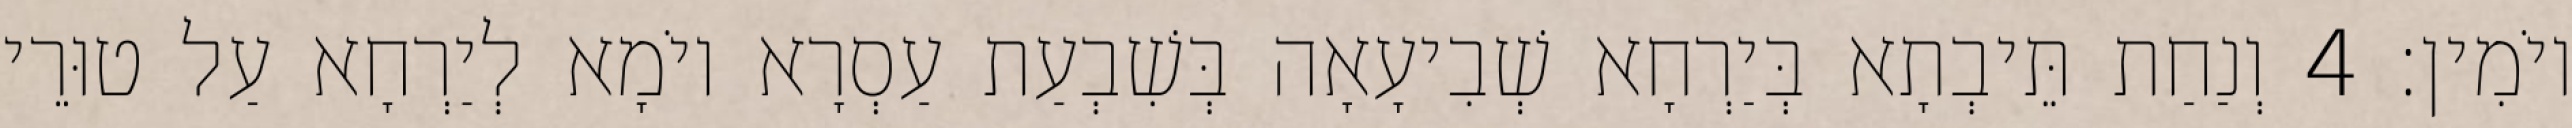
יוֹמִין׃ 4 וְנַחַת תֵּיבְתָא בְּיַרְחָא שְׁבִיעָאָה בְּשִׁבְעַת עַסְרָא יוֹמָא לְיַרְחָא עַל טוּרֵי